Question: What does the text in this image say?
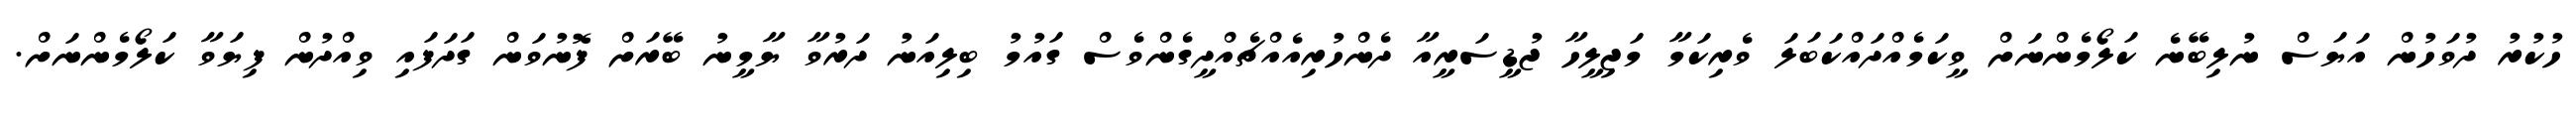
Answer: ހުކުރު ދުވަހުން އަޔަސް ނުލިބޭނެ ކަލޯމެންނަށް ވީކަމެއްދައްކަބަލަ ވެރިކަމާ މަޖިލީހާ ޖުޑީސަރީއާ ދެންހުރިއެއްޗެއްދީގެންވެސް ގައުމު ބިލިއަނު ދަރުވާ ޔާމީނު ބޭރަށް ފޮނުވަން ގަދަފައި ވިއްދުން ފިޔަވާ ކަލޯމެންނަށް.